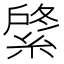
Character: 𦂟